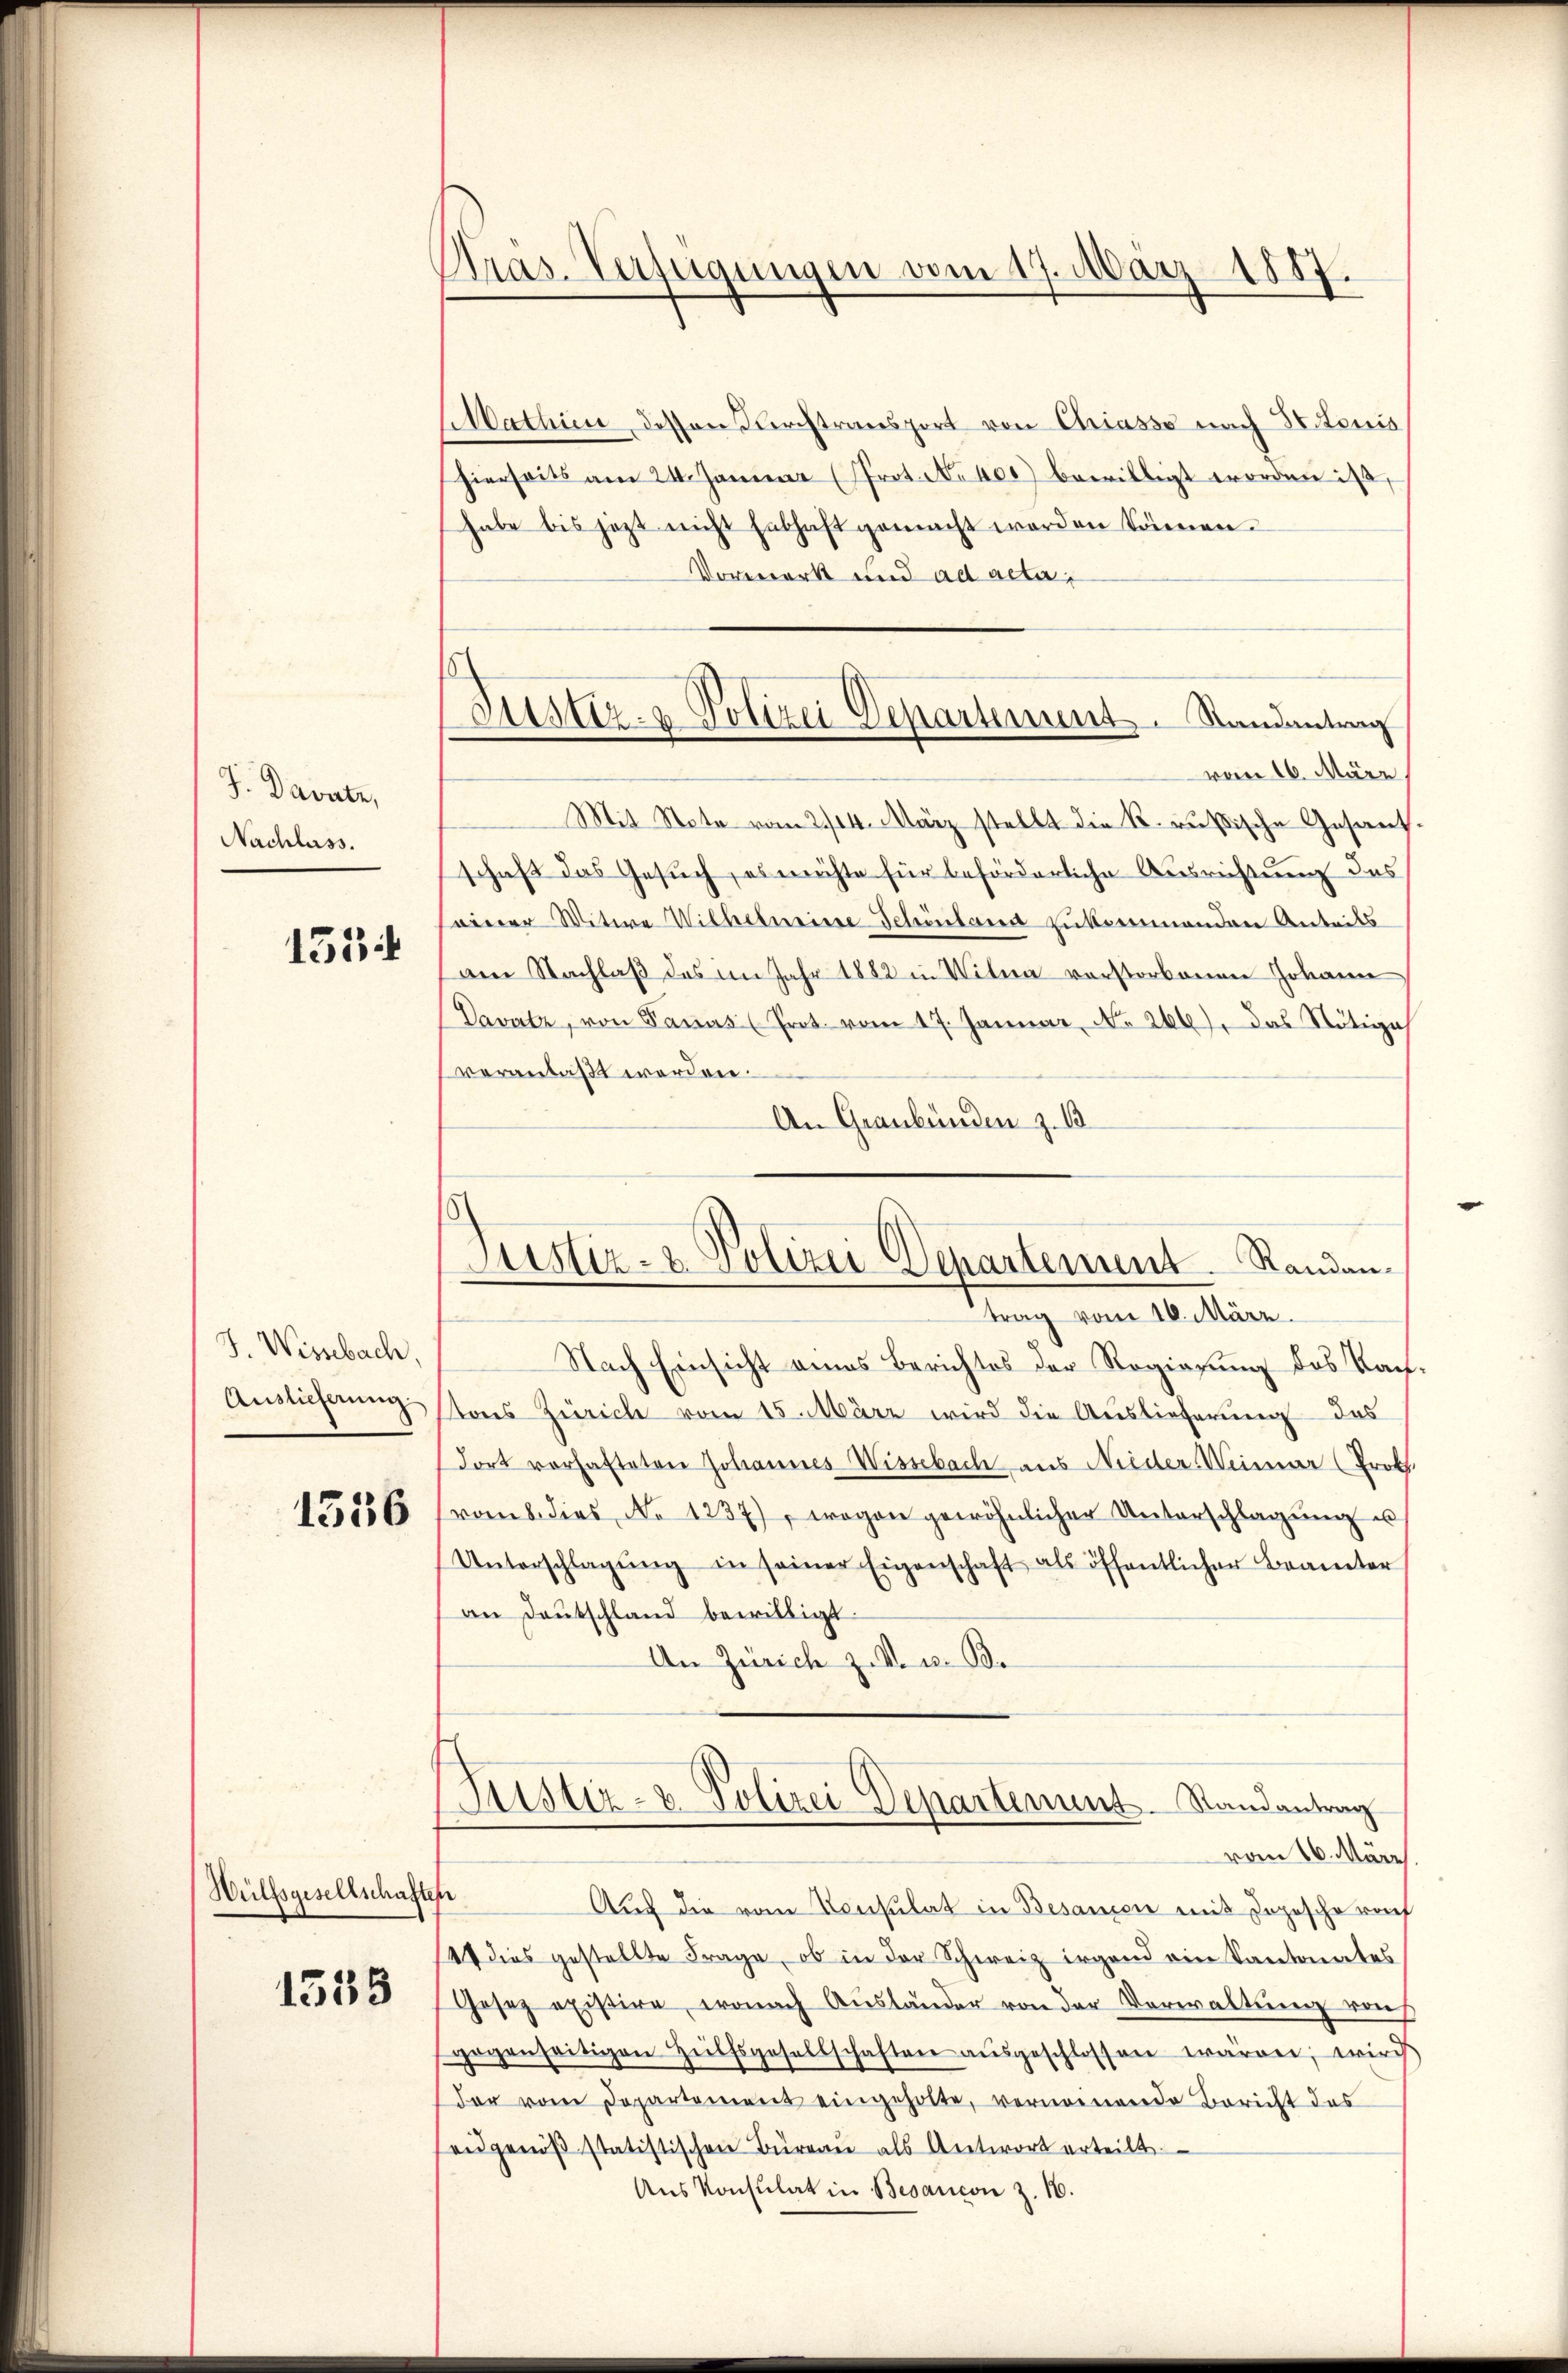
J. Davate,
Nachlass.
153

J. Wissebach,
Auslieferung

1336

Hülfsgesellschaft

1535

Präs. Verfügungen vom 17. März 1887.

Justiz- & Polizei Departement. Randantrag
vom 16. März

Justiz- & Polizei Departement Randan¬

Mathin dessen durchtransport von Chiasso nach Stonis
hierseits am 24. Januar (Prot. No. 400 bewilligt worden ist,
habe bis jezt nicht Enthaft gemacht worden können.
Vorwerk und ad acta,
Mit Note vom 2/14. März stellt die R. Rußische Gesandschaft das Gesuch, es möchte für beförderliche Ausrichtung des
seiner Witwe Wilhelmeiere Schönbaren zukommenden Anteils
am Nachlaß des im Jahr 1882 in Witwa vorstorbenen Johann
Davatz, von Panus (Prot. vom 17. Januar, No. 266), das Nötige
veranlaßt worden.
An Graubünden z. B
trag vom 16. März.
Nach Einsicht eines Berichtes der Regierung des Kauftons Zürich vom 15. März wird die Auslieferung das
dort vorhafteten Johannes Wissebach aus Nieder-Weimar (Prok.
vom 8. dies No 1237), wogen gewöhnlicher Unterschlagung u
Unterschlagŭng in seiner Eigenschaft als öffentlicher Beamter
an Deutschland bewilligt.
An Zürich z. V. u. Be
Justiz- & Polizei Departement. Randantrag
vom 16. März
f
Auch die vom Consulat in Besanzen mit dopesche roh
1 dies gestellte Frage, ob in der Schweiz irgend ein Kantonates
Gosez existire, wonach Ausländer von der Verwaltung von
gogenseitigen Hülfsgesellschaften aŭsgeschlossen wären, wird
der vom Departement eingeholte, vernommende Bericht des
eidgenöβ statistischen Büreau als Antwort erteilt
Ans Konsulat in Besancon z. 16.